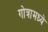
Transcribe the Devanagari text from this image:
गोत्रामध्ये